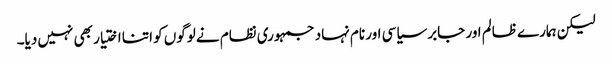
لیکن ہمارے ظالم اور جابر سیاسی اور نام نہاد جمہوری نظام نے لوگوں کو اتنا اختیار بھی نہیں دیا۔